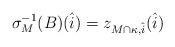
LaTeX: \begin{align*} \sigma_M^{-1}(B) (\hat{i}) = z_{M \cap \kappa, \hat{i}}(\hat{i})\end{align*}